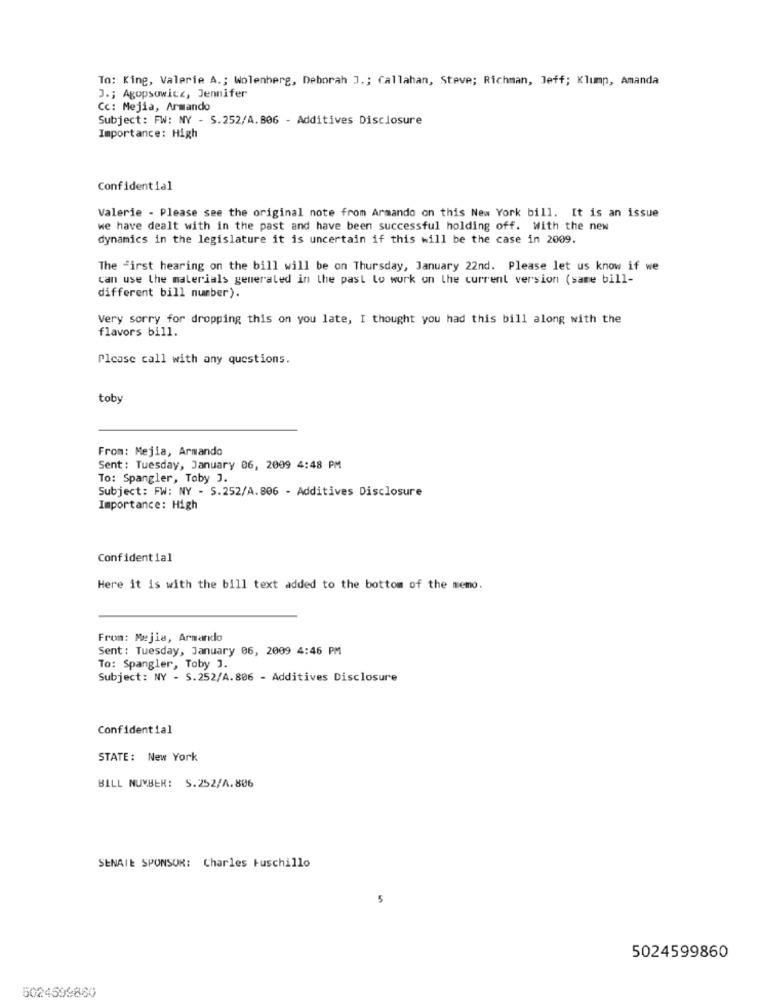
To: King, Valerie A .; Wolenberg, Deborah ] .; Callahan, Steve; Richman, Jeff; Klump, Amanda
J .; Agopsowice, Jennifer
Cc: Mejia, Armando
Subject: FW: NY - S.252/A.806 - Additives Disclosure
Importance: High
Confidential
Valerie - Please see the original note from Armando on this New York bill. It is an issue
we have dealt with in the past and have been successful holding off. With the new
dynamics in the legislature it is uncertain if this will be the case in 2009.
The First hearing on the bill will be on Thursday, January 22nd. Please let us know if we
can use the materials generated in the past lo work on the current version (same bill-
different bill number).
Very sorry for dropping this on you late, I thought you had this bill along with the
flavors bill.
Please call with any questions.
toby
From: Mejia, Armando
Sent: Tuesday, January 06, 2009 4:48 PM
To: Spangler, Toby J.
Subject: FW: NY - S.252/A.806 - Additives Disclosure
Importance: High
Confidential
Here it is with the bill text added to the bottom of the memo.
From: Mejla, Armando
Sent: Tuesday, January 06, 2009 4:46 PM
To: Spangler, Toby J.
Subject: NY - S.252/A.806 - Additives Disclosure
Confidential
STATE: New York
BILL NUMBER: S.252/A.806
SENAIE SPONSOR: Charles Fuschillo
5
5024599860
5024599860